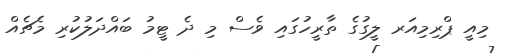
މިއީ ޕްރިމިއަރ ލީގުގެ ތާރީހުގައި ވެސް މި ދެ ޓީމު ބައްދަލުކުރި މެޗެއް